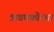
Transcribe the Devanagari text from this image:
त्रावणकोरचा